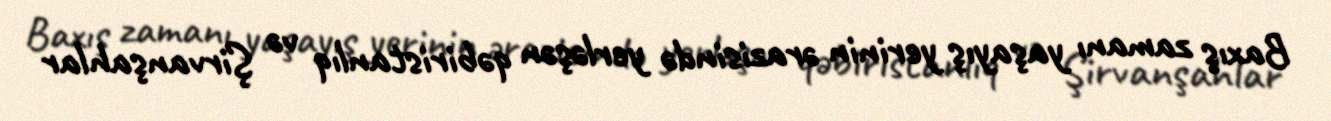
Baxış zamanı yaşayış yerinin ərazisində yerləşən qəbiristanlıq və Şirvanşahlar